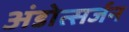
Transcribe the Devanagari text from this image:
अंडोत्सर्जन